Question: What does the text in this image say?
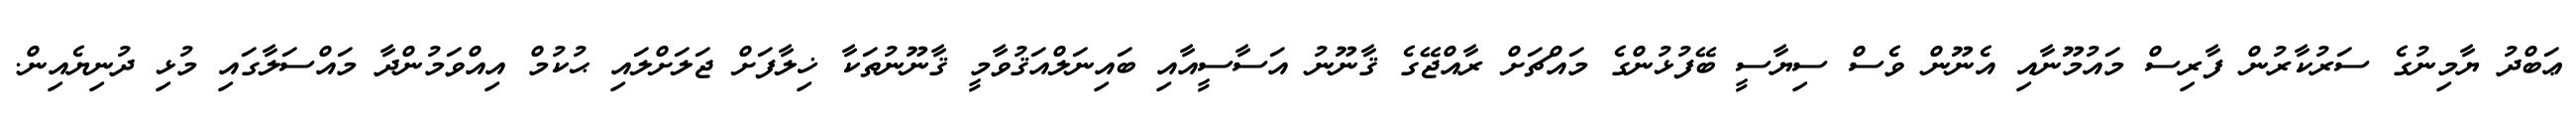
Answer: ޢަބްދު ޔާމިނުގެ ސަރުކާރުން ފާރިސް މައުމޫނާއި އެނޫން ވެސް ސިޔާސީ ބޭފުޅުންގެ މައްޗަށް ރާއްޖޭގެ ޤާނޫނު އަސާސީއާއި ބައިނަލްއަޤުވާމީ ޤާނޫނުތަކާ ޚިލާފަށް ޖަލަށްލައި ޙުކުމް އިއްވަމުންދާ މައްސަލާގައި މުޅި ދުނިޔެއިން.